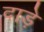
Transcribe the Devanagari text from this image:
दाड़े